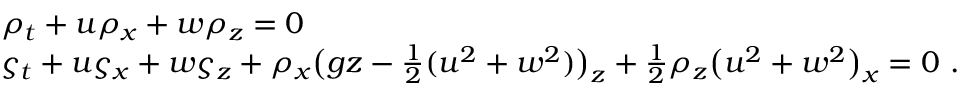
\begin{array} { l } { \rho _ { t } + u \rho _ { x } + w \rho _ { z } = 0 } \\ { \varsigma _ { t } + u \varsigma _ { x } + w \varsigma _ { z } + \rho _ { x } \big ( g z - \frac 1 2 ( u ^ { 2 } + w ^ { 2 } ) \big ) _ { z } + \frac 1 2 \rho _ { z } \big ( u ^ { 2 } + w ^ { 2 } \big ) _ { x } = 0 \ . } \end{array}